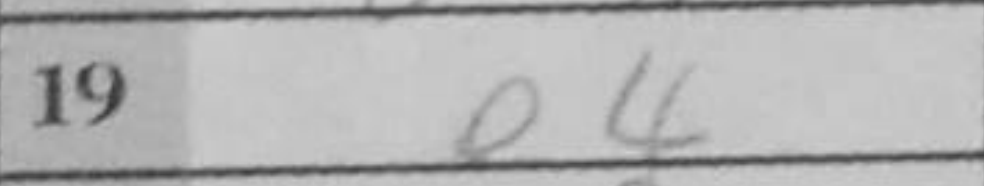
Transcription: e4